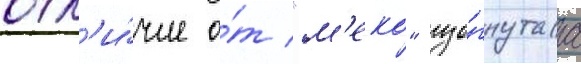
отл'и́чие о́т "м'еко" изо́гнутаа